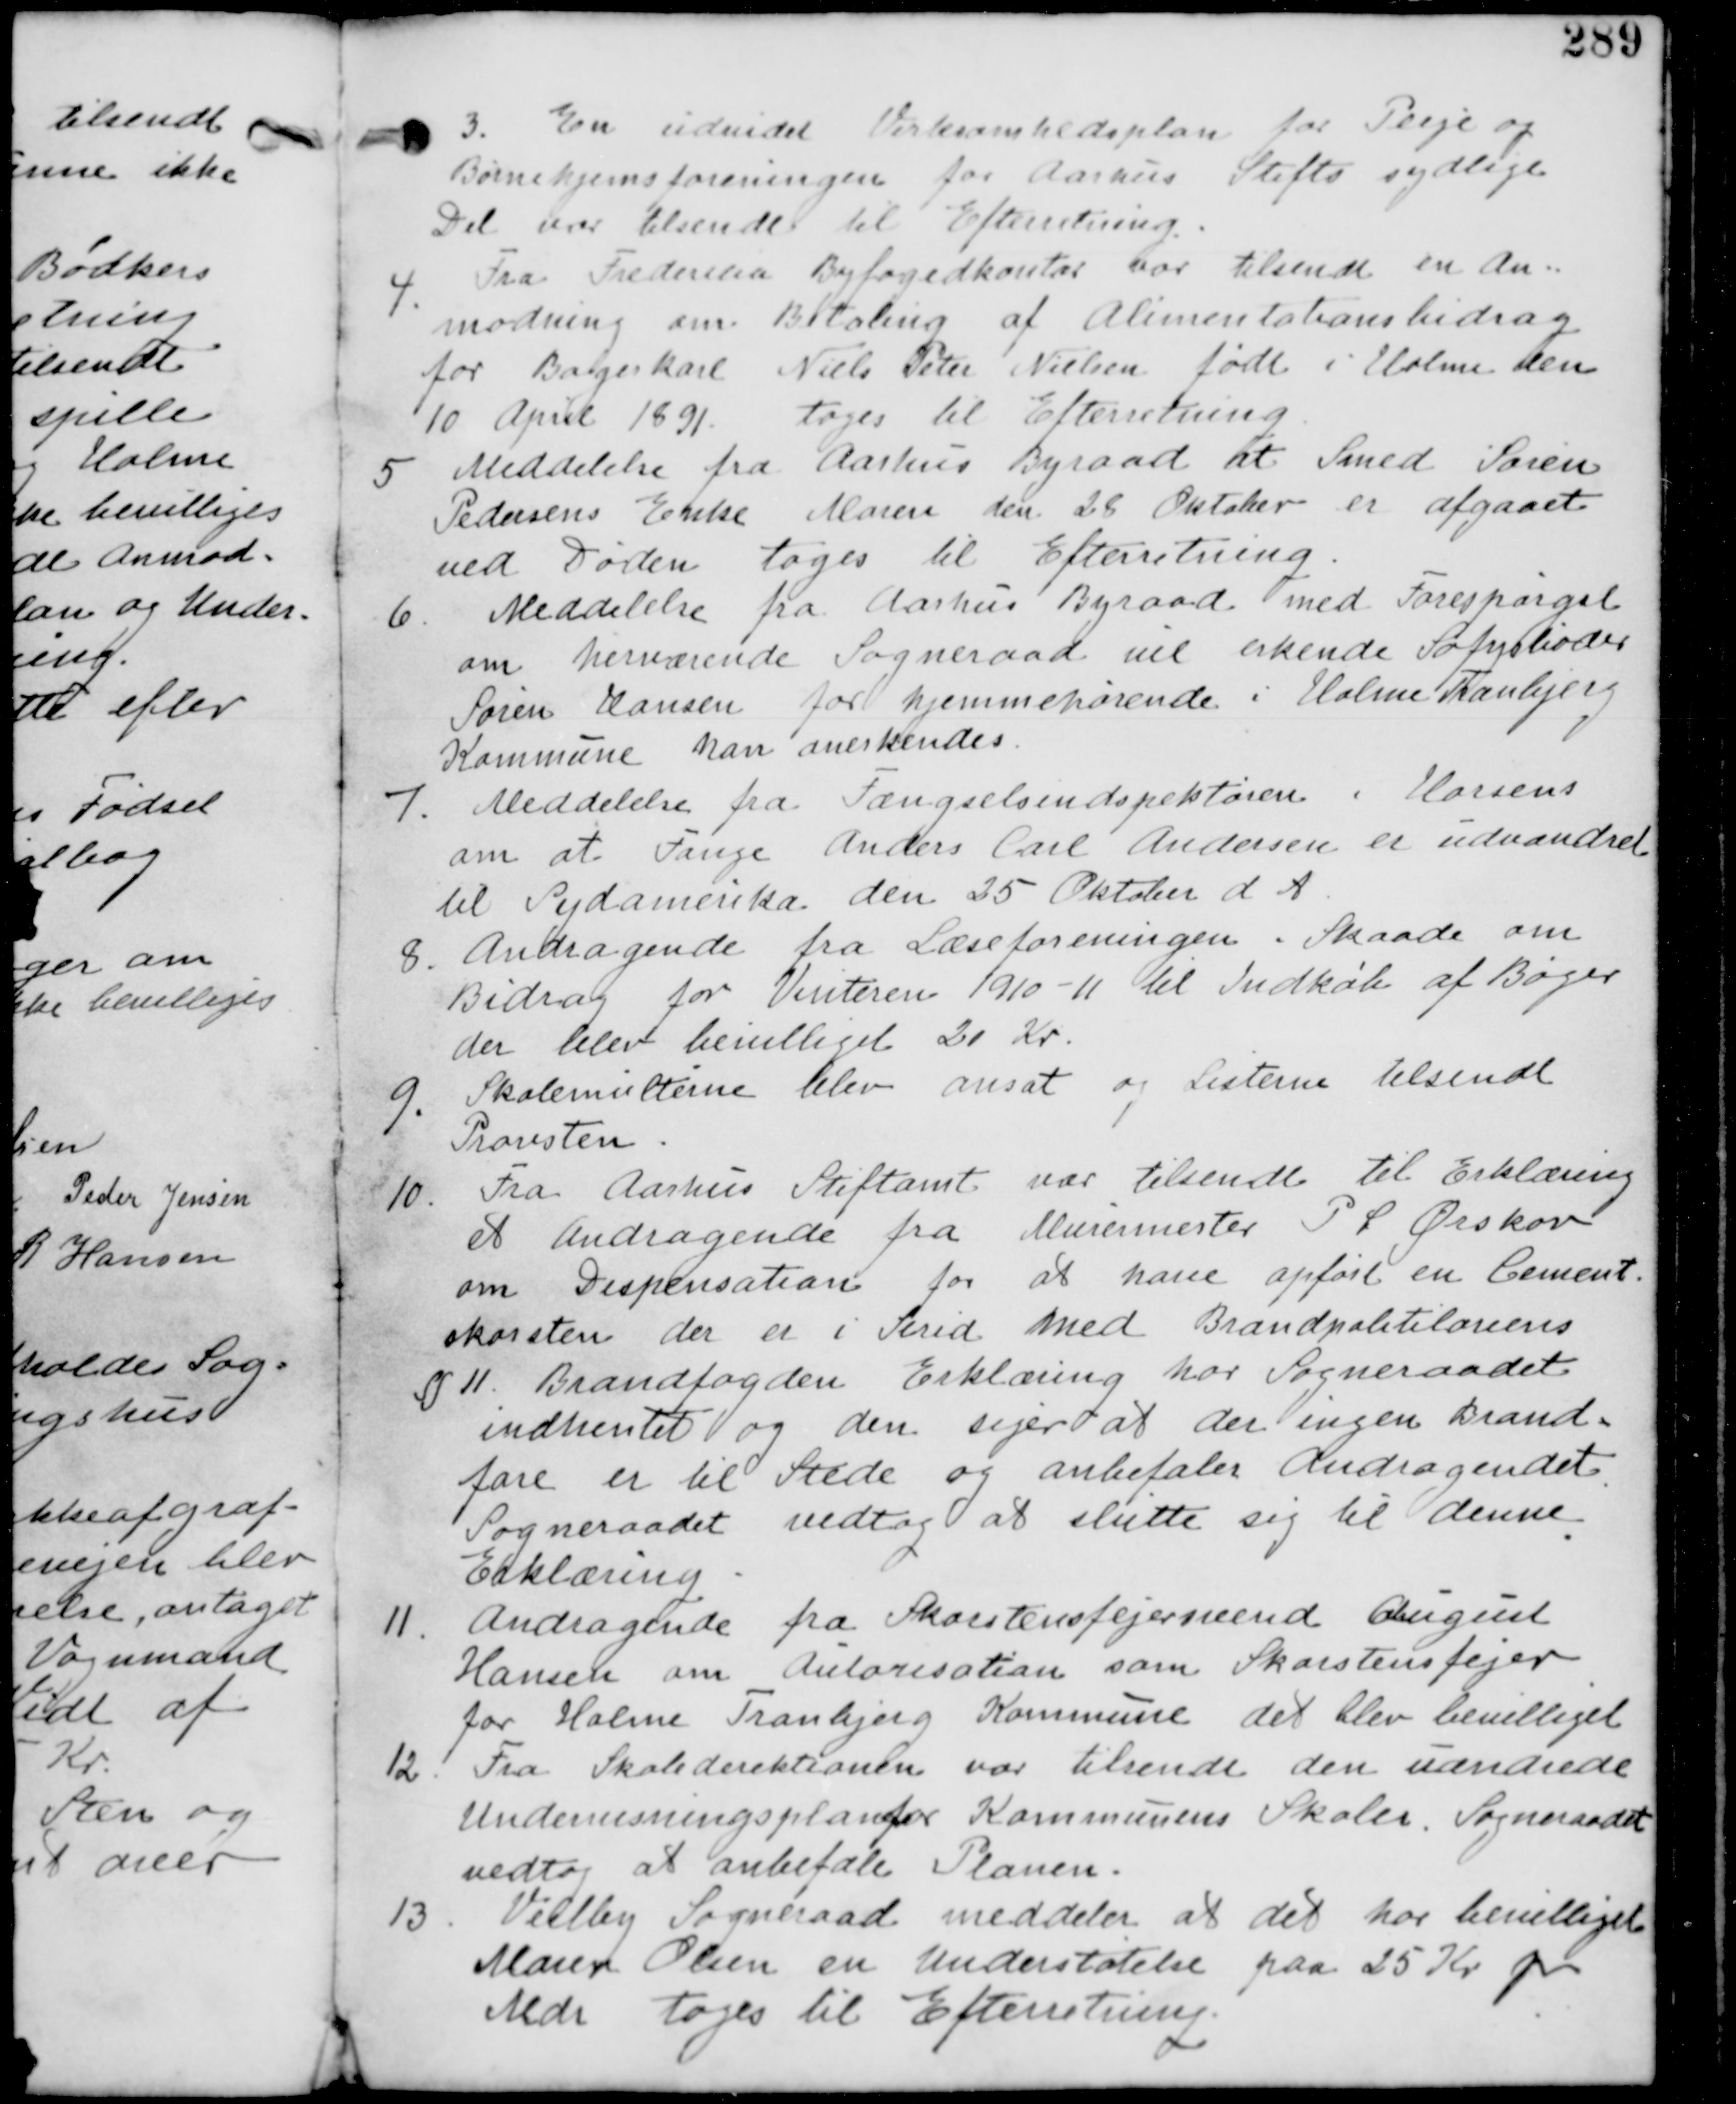
Transskription:
3. En udvidet Virksomhedsplan for Pleje og
Børnehjemsforeningen for Aarhus Stifts sydligste
Del var tilsendt til Efterretning.

4.
Fra Fredericia Byfogedkontor var tilsendt en An-
modning om Betaling af Alimentationsbidrag
for Borgerkarl Niels Peter Nielsen født i Holme den
10 April 1891. tages til Efterretning

5 Meddelelse fra Aarhus Byraad at Smed Søren
Pedersens Enke Maren den 28 Oktober er afgaaet
med Døden. tages til Efterretning.

6. Meddelelse fra Aarhus Byraad med Forespørgsel
om herværende Sogneraad vil erkende Søfyrbøder
Søren Hansen for hjemmehørende i Holme Tranbjerg
Kommune han anerkendes.

7. Meddelelse fra Fængselsindspektionen i Horsens
om at Fange Anders Carl Andersen er udvandret
til Sydamerika den 25 Oktober d A.

8. Andragende fra Læseforeningen i Skaade om
Bidrag for Vinteren 1910-11 til Indkøb af Bøger
der blev bevilliget 20 Kr.

9. Skolemulterne blev ansat og Listerne tilsendt
Provsten.

10. Fra Aarhus Stiftamt var tilsendt til Erklæring
et Andragende fra Murermester P C Ørskov
om Dispensation for at have opført en Cement-
skorsten der er i Strid med Brandpolitilovens

§ 11. Brandfogden Erklæring har Sogneraadet
indhentet og den siger at der ingen Brand-
fare er til stede og anbefaler Andragendet.
Sogneraadet vedtog at slutte sig til denne
Erklæring.

11.
Andragende fra Skorstensfejersvend August
Hansen om Autorisation som Skorstensfejer
for Holme Tranbjerg Kommune det blev bevilliget.

12. Fra Skoledirektionen var tilsendt den uændrede
Undervisningsplan for Kommunens Skoler. Sogneraadet
vedtog at anbefale Planen.

13. Veilby Sogneraad meddeler at det har bevilliget
Maren Olsen en Understøtelse paa 25 Kr pr
Mdr tages til Efterretning.